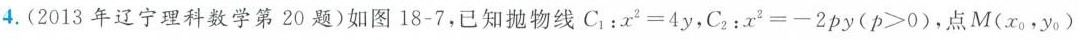
4.(2013年辽宁理科数学第20题)如图18-7，已知抛物线 $$C _ { 1 } : x ^ { 2 } = 4 y$$,$$C _ { 2 } : x ^ { 2 } = - 2 p y ( p > 0 )$$ ，点 (M(x_{0},y_{0})